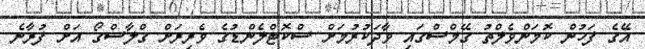
އޭގެ ފަހުން ކޮމަންވެލްތު ގޭމްސްގައި ވާދަކުރުމަށް ސްކޮޓްލެންޑުގެ ވެރިރަށް ގްލާސްގޯ އަށް ފުރާނެ